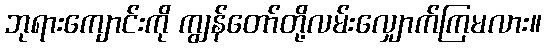
ဘုရားကျောင်းကို ကျွန်တော်တို့လမ်းလျှောက်ကြမလား။